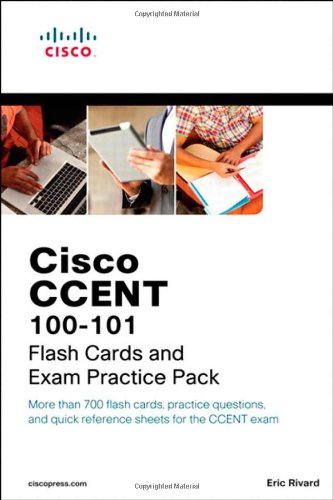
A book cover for CCENT ICND1 100-101 Flash Cards and Exam Practice Pack (Flash Cards and Exam Practice Packs); Eric Rivard; Computers & Technology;